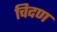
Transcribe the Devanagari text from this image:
चिदण